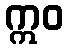
ဣဝ